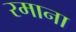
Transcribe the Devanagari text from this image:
रमाना